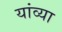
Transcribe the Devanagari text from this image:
यांव्या